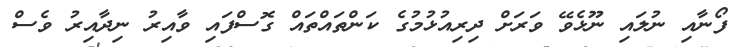
ފޯނާއި ނުލައި ނޫޅެވޭ ވަރަށް ދިރިއުޅުމުގެ ކަންތައްތައް ގޮސްފައި ވާއިރު ނިދާއިރު ވެސް